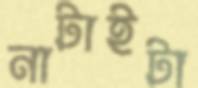
নাটাইটা